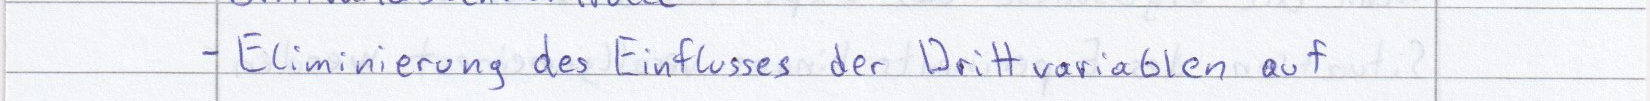
- Eliminierung des Einflusses der Drittvariablen auf